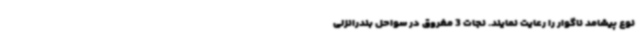
نوع پیشامد ناگوار را رعایت نمایند. نجات 3 مغروق در سواحل بندرانزلی